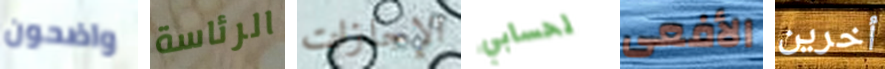
واضحون الرئاسة الإجازات لحسابي الأفعى أخرين